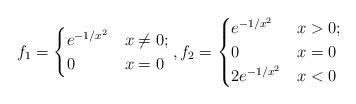
LaTeX: \begin{align*} f_1 = \begin{cases} e^{-1/x^2} & x \neq 0; \\ 0 & x = 0 \end{cases}, f_2 = \begin{cases} e^{-1/x^2} & x > 0; \\ 0 & x = 0\\ 2e^{-1/x^2} & x < 0 \end{cases}\end{align*}